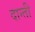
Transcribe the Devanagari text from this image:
दान्ती